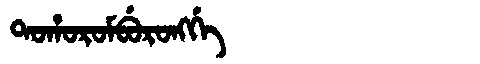
Manchu: ᡨᠣᡥᠣᡵᠣᠮᠪᡠᡵᠣᠩᡤᡝ
Romanization: TOHOROMBURONGGE